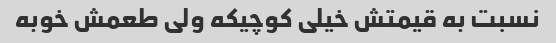
نسبت به قیمتش خیلی کوچیکه ولی طعمش خوبه